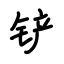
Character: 铲